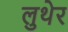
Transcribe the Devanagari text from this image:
लुथेर